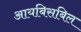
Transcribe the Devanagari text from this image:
आयबिसबिल